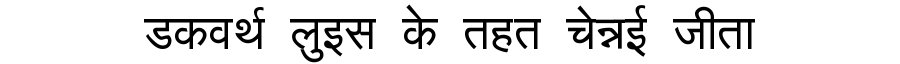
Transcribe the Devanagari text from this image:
डकवर्थ लुइस के तहत चेन्नई जीता